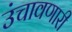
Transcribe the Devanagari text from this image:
उंचावणारी